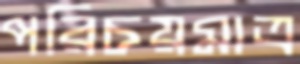
পরিচয়মাত্র